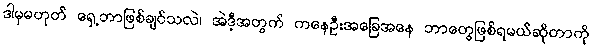
ဒါမှမဟုတ် ရှေ့ဘာဖြစ်ချင်သလဲ၊ အဲဒီ့အတွက် ကနေဦးအခြေအနေ ဘာတွေဖြစ်ရမယ်ဆိုတာကို